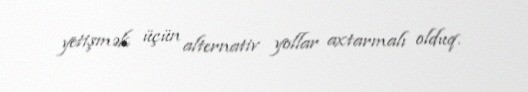
yetişmək üçün alternativ yollar axtarmalı olduq.